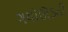
ગયોઊડતી